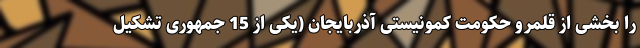
را بخشی از قلمرو حکومت کمونیستی آذربایجان (یکی از 15 جمهوری تشکیل